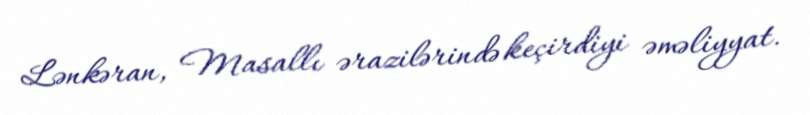
Lənkəran, Masallı ərazilərində keçirdiyi əməliyyat.